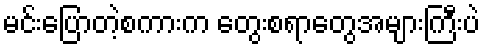
မင်းပြောတဲ့စကားက တွေးစရာတွေအများကြီးပဲ